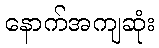
နောက်အကျဆုံး